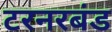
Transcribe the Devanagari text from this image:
टरनरबंड